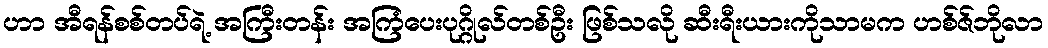
ဟာ အီရန်စစ်တပ်ရဲ့ အကြီးတန်း အကြံပေးပုဂ္ဂိုလ်တစ်ဦး ဖြစ်သလို ဆီးရီးယားကိုသာမက ဟစ်ဇ်ဘိုလာ